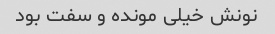
نونش خیلی مونده و سفت بود